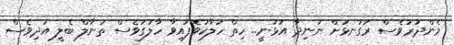
މެންދުރުވެސް ރަގަނޅަށް ނުނިދާ އުޅުނީ.. ހިތް ހަލާކުވެފައިވާ ހާލުގަވެސް ތަނާލް ބެލީ އަދިވެސް